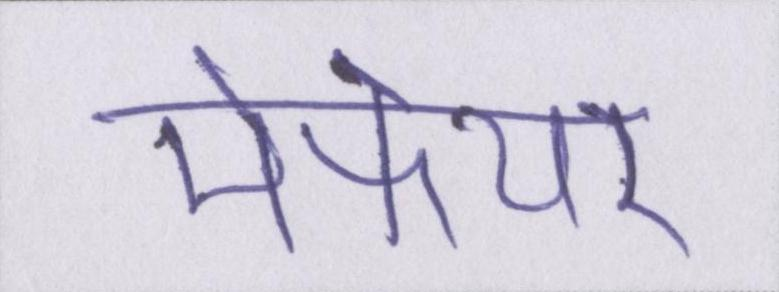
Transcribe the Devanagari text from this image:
मेफेयर